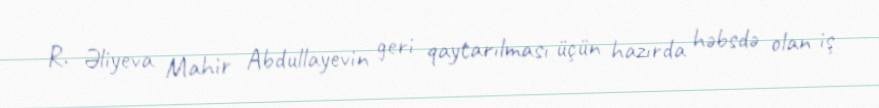
R. Əliyeva Mahir Abdullayevin geri qaytarılması üçün hazırda həbsdə olan iş